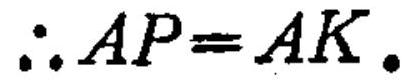
\(\therefore AP = AK.\)